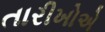
તારીખોએ